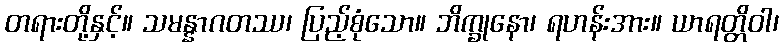
တရားတို့နှင့်။ သမန္နာဂတဿ၊ ပြည့်စုံသော။ ဘိက္ခုနော၊ ရဟန်းအား။ ယာရတ္တိဝါ၊